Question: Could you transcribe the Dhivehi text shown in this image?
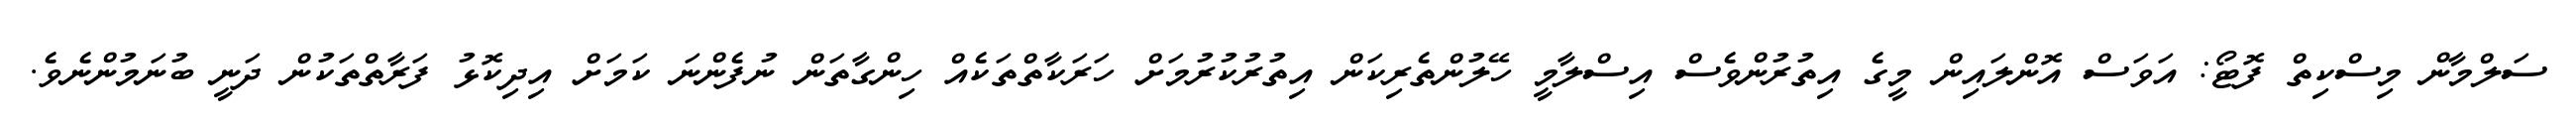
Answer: ސަލްމާން މިސްކިތް ފޮޓޯ: އަވަސް އޮންލައިން މީގެ އިތުރުންވެސް އިސްލާމީ ހޭލުންތެރިކަން އިތުރުކުރުމަށް ހަރަކާތްތަކެއް ހިންގާތަން ނުފެންނަ ކަމަށް އިދިކޮޅު ފަރާތްތަކުން ދަނީ ބުނަމުންނެވެ.